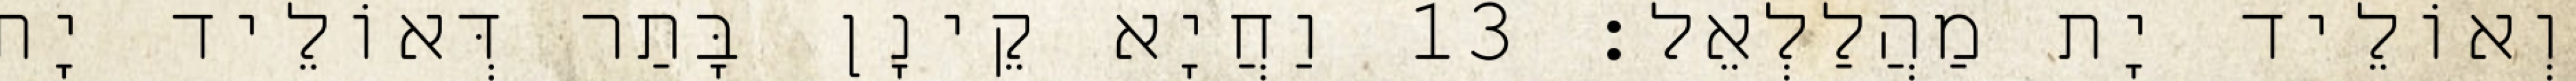
וְאוֹלֵיד יָת מַהֲלַלְאֵל׃ 13 וַחֲיָא קֵינָן בָּתַר דְּאוֹלֵיד יָת